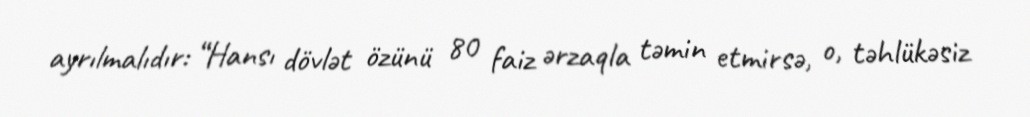
ayrılmalıdır: “Hansı dövlət özünü 80 faiz ərzaqla təmin etmirsə, o, təhlükəsiz